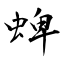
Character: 蜱